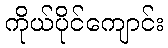
ကိုယ်ပိုင်ကျောင်း